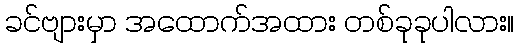
ခင်ဗျားမှာ အထောက်အထား တစ်ခုခုပါလား။